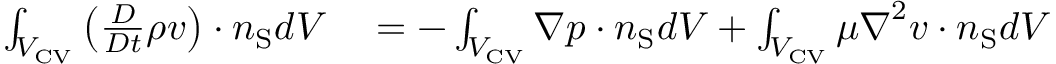
\begin{array} { r l } { \int _ { { V _ { \mathrm { { C V } } } } } \left( \frac { D } { D t } \rho \boldsymbol { v } \right) \cdot \boldsymbol { n } _ { \mathrm { { S } } } d V } & { { } = - \int _ { { V _ { \mathrm { { C V } } } } } \boldsymbol { \nabla } p \cdot \boldsymbol { n } _ { \mathrm { { S } } } d V + \int _ { { V _ { \mathrm { { C V } } } } } \mu \boldsymbol { \nabla } ^ { 2 } \boldsymbol { v } \cdot \boldsymbol { n } _ { \mathrm { { S } } } d V } \end{array}